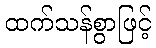
ထက်သန်စွာဖြင့်